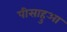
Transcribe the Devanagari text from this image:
पीसाहुआ